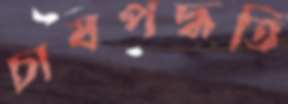
চাষপদ্ধতি